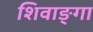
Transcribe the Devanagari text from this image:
शिवाङ्गा